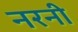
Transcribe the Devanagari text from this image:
नरनी